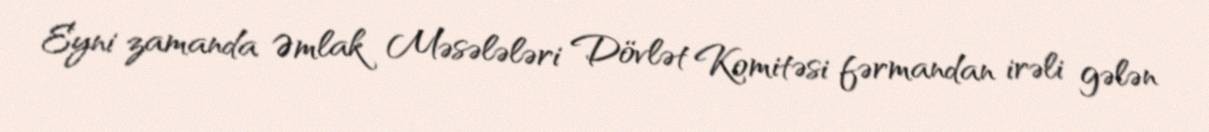
Eyni zamanda Əmlak Məsələləri Dövlət Komitəsi fərmandan irəli gələn